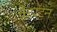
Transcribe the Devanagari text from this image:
कैपटन